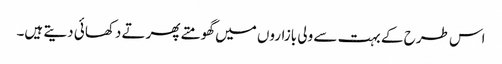
اس طرح کے بہت سے ولی بازاروں میں گھومتے پھرتے دکھائی دیتے ہیں۔